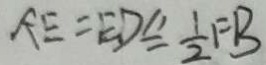
A E = E D _ { = } ^ { / / } \frac { 1 } { 2 } F B